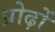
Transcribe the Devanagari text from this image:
प्रोढ़ों